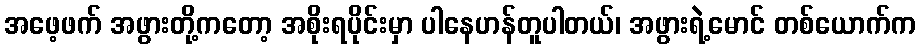
အဖေ့ဖက် အဖွားတို့ကတော့ အစိုးရပိုင်းမှာ ပါနေဟန်တူပါတယ်၊ အဖွားရဲ့မောင် တစ်ယောက်က